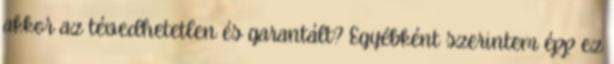
akkor az tévedhetetlen és garantált? Egyébként szerintem épp ez